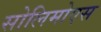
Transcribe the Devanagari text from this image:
सोलिमोएस